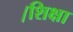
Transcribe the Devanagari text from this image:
।शिक्षा